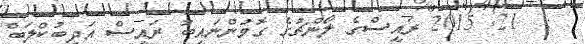
:  21